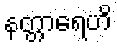
နတ္တာရေဟိ